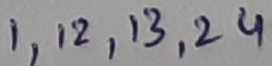
Text: 1,12,13,24